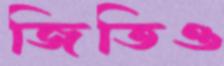
জিতিও